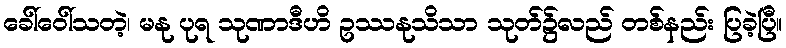
ခေါ်ဝေါ်သတဲ့၊ မနု ပုရ သုဏာဒီဟိ ဥဿနုသိသာ သုတ်၌လည် တစ်နည်း ပြခဲ့ပြီ။